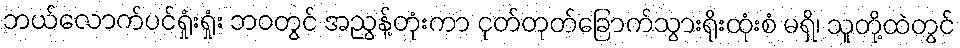
ဘယ်လောက်ပင်ရှုံးရှုံး ဘဝတွင် အညွန့်တုံးကာ ငုတ်တုတ်ခြောက်သွားရိုးထုံးစံ မရှိ၊ သူတို့ထဲတွင်